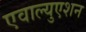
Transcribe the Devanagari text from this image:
एवाल्युएशन